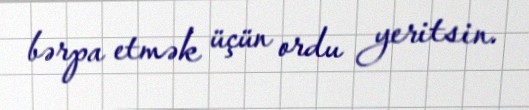
bərpa etmək üçün ordu yeritsin.